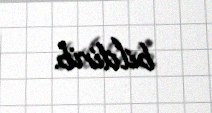
bildirib.